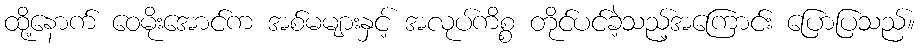
ထို့နောက် ဝေမိုးအောင်က အစ်မများနှင့် အလုပ်ကိစ္စ တိုင်ပင်ခဲ့သည့်အကြောင်း ပြောပြသည်။